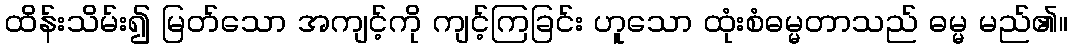
ထိန်းသိမ်း၍ မြတ်သော အကျင့်ကို ကျင့်ကြခြင်း ဟူသော ထုံးစံဓမ္မတာသည် ဓမ္မ မည်၏။